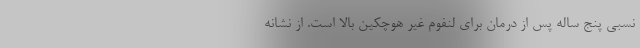
نسبی پنج ساله پس از درمان برای لنفوم غیر هوچکین بالا است. از نشانه